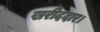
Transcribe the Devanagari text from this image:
खरीददार।